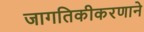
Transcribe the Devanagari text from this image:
जागतिकीकरणाने